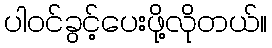
ပါဝင်ခွင့်ပေးဖို့လိုတယ်။